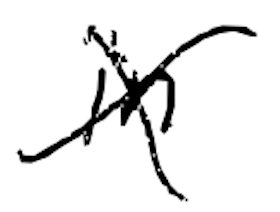
Text: in
Cross-out: cross
Writing tool: digital_black